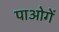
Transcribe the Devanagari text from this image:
पाओगें